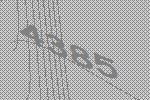
4385